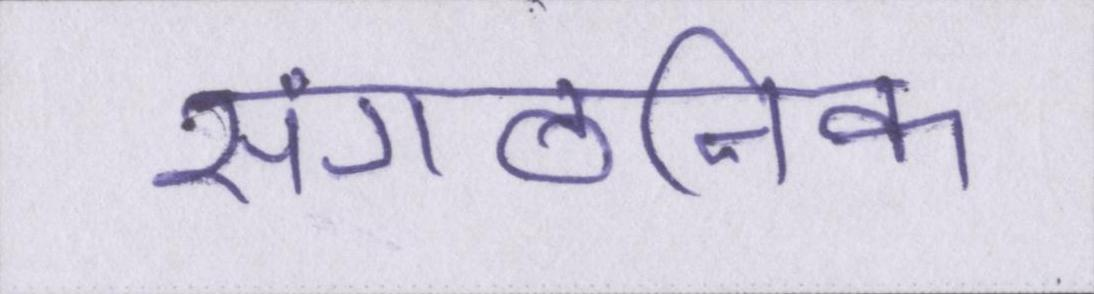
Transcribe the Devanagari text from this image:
सांगठनिक